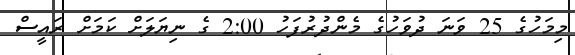
މިމަހުގެ 25 ވަނަ ދުވަހުގެ މެންދުރުފަހު 2:00 ގެ ނިޔަލަށް ކަމަށް ރައީސް